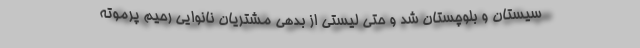
سیستان و بلوچستان شد و حتی لیستی از بدهی مشتریان نانوایی رحیم پرموته